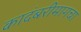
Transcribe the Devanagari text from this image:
कादंबरीमागचा